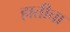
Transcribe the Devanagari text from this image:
हातीचा